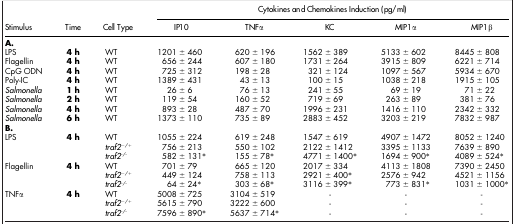
<table><thead><tr><td>[EMPTY_CELL]</td><td>[EMPTY_CELL]</td><td>[EMPTY_CELL]</td><td colspan="5"><b>Cytokines and Chemokines Induction (pg/ml)</b></td></tr><tr><td><b>Stimulus</b></td><td><b>Time</b></td><td><b>Cell Type</b></td><td><b>IP10</b></td><td><b>TNFα</b></td><td><b>KC</b></td><td><b>MIP1α</b></td><td><b>MIP1β</b></td></tr></thead><tbody><tr><td><b>A.</b></td><td>[EMPTY_CELL]</td><td>[EMPTY_CELL]</td><td>[EMPTY_CELL]</td><td>[EMPTY_CELL]</td><td>[EMPTY_CELL]</td><td>[EMPTY_CELL]</td><td>[EMPTY_CELL]</td></tr><tr><td>LPS</td><td><b>4 h</b></td><td>WT</td><td>1201 ± 460</td><td>620 ± 196</td><td>1562 ± 389</td><td>5133 ± 602</td><td>8445 ± 808</td></tr><tr><td>Flagellin</td><td><b>4 h</b></td><td>WT</td><td>656 ± 244</td><td>607 ± 180</td><td>1731 ± 264</td><td>3915 ± 809</td><td>6221 ± 714</td></tr><tr><td>CpG ODN</td><td><b>4 h</b></td><td>WT</td><td>725 ± 312</td><td>198 ± 28</td><td>321 ± 124</td><td>1097 ± 567</td><td>5934 ± 670</td></tr><tr><td>Poly-IC</td><td><b>4 h</b></td><td>WT</td><td>1389 ± 431</td><td>43 ± 13</td><td>100 ± 15</td><td>1038 ± 218</td><td>1915 ± 105</td></tr><tr><td><i>Salmonella</i></td><td><b>1 h</b></td><td>WT</td><td>26 ± 6</td><td>76 ± 13</td><td>241 ± 55</td><td>69 ± 19</td><td>71 ± 22</td></tr><tr><td><i>Salmonella</i></td><td><b>2 h</b></td><td>WT</td><td>119 ± 54</td><td>160 ± 52</td><td>719 ± 69</td><td>263 ± 89</td><td>381 ± 76</td></tr><tr><td><i>Salmonella</i></td><td><b>4 h</b></td><td>WT</td><td>893 ± 28</td><td>487 ± 70</td><td>1996 ± 231</td><td>1416 ± 110</td><td>2342 ± 332</td></tr><tr><td><i>Salmonella</i></td><td><b>6 h</b></td><td>WT</td><td>1373 ± 110</td><td>735 ± 89</td><td>2883 ± 452</td><td>3203 ± 219</td><td>7832 ± 987</td></tr><tr><td><b>B.</b></td><td>[EMPTY_CELL]</td><td>[EMPTY_CELL]</td><td>[EMPTY_CELL]</td><td>[EMPTY_CELL]</td><td>[EMPTY_CELL]</td><td>[EMPTY_CELL]</td><td>[EMPTY_CELL]</td></tr><tr><td>LPS</td><td><b>4 h</b></td><td>WT</td><td>1055 ± 224</td><td>619 ± 248</td><td>1547 ± 619</td><td>4907 ± 1472</td><td>8052 ± 1240</td></tr><tr><td>[EMPTY_CELL]</td><td>[EMPTY_CELL]</td><td><i>traf2<sup>−/+</sup></i></td><td>756 ± 213</td><td>550 ± 102</td><td>2122 ± 1412</td><td>3395 ± 1133</td><td>7639 ± 890</td></tr><tr><td>[EMPTY_CELL]</td><td>[EMPTY_CELL]</td><td><i>traf2<sup>-/-</sup></i></td><td>582 ± 131*</td><td>155 ± 78*</td><td>4771 ± 1400*</td><td>1694 ± 900*</td><td>4089 ± 524*</td></tr><tr><td>Flagellin</td><td><b>4 h</b></td><td>WT</td><td>701 ± 79</td><td>665 ± 120</td><td>2017 ± 334</td><td>4113 ± 1808</td><td>7390 ± 2450</td></tr><tr><td>[EMPTY_CELL]</td><td>[EMPTY_CELL]</td><td><i>traf2<sup>−/+</sup></i></td><td>449 ± 124</td><td>758 ± 113</td><td>2921 ± 400*</td><td>2576 ± 942</td><td>4521 ± 1156</td></tr><tr><td>[EMPTY_CELL]</td><td>[EMPTY_CELL]</td><td><i>traf2<sup>-/-</sup></i></td><td>64 ± 24*</td><td>303 ± 68*</td><td>3116 ± 399*</td><td>773 ± 831*</td><td>1031 ± 1000*</td></tr><tr><td>TNFα</td><td><b>4 h</b></td><td>WT</td><td>5008 ± 725</td><td>3104 ± 519</td><td>-</td><td>-</td><td>-</td></tr><tr><td>[EMPTY_CELL]</td><td>[EMPTY_CELL]</td><td><i>traf2<sup>−/+</sup></i></td><td>5615 ± 790</td><td>3222 ± 600</td><td>-</td><td>-</td><td>-</td></tr><tr><td>[EMPTY_CELL]</td><td>[EMPTY_CELL]</td><td><i>traf2<sup>-/-</sup></i></td><td>7596 ± 890*</td><td>5637 ± 714*</td><td>-</td><td>-</td><td>-</td></tr></tbody></table>